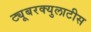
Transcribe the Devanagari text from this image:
ट्यूबरक्युलाटीस